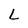
Character: L